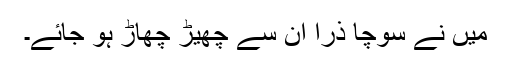
میں نے سوچا ذرا ان سے چھیڑ چھاڑ ہو جائے۔